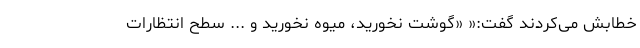
خطابش می‌کردند گفت:« «گوشت نخورید، میوه نخورید و ... سطح انتظارات